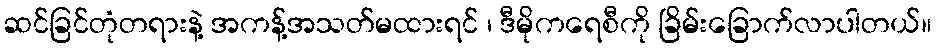
ဆင်ခြင်တုံတရားနဲ့ အကန့်အသတ်မထားရင် ၊ ဒီမိုကရေစီကို ခြိမ်းခြောက်လာပါတယ်။